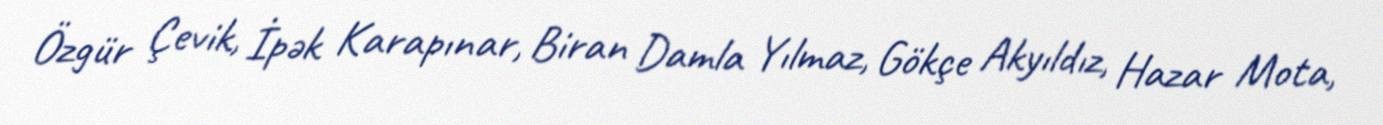
Özgür Çevik, İpək Karapınar, Biran Damla Yılmaz, Gökçe Akyıldız, Hazar Mota,